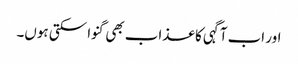
اور اب آگہی کا عذاب بھی گنوا سکتی ہوں۔